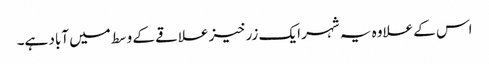
اس کے علاوہ یہ شہر ایک زرخیز علاقے کے وسط میں آباد ہے۔